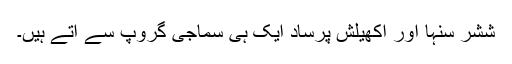
ششر سنہا اور اکھیلش پرساد ایک ہی سماجی گروپ سے آتے ہیں۔